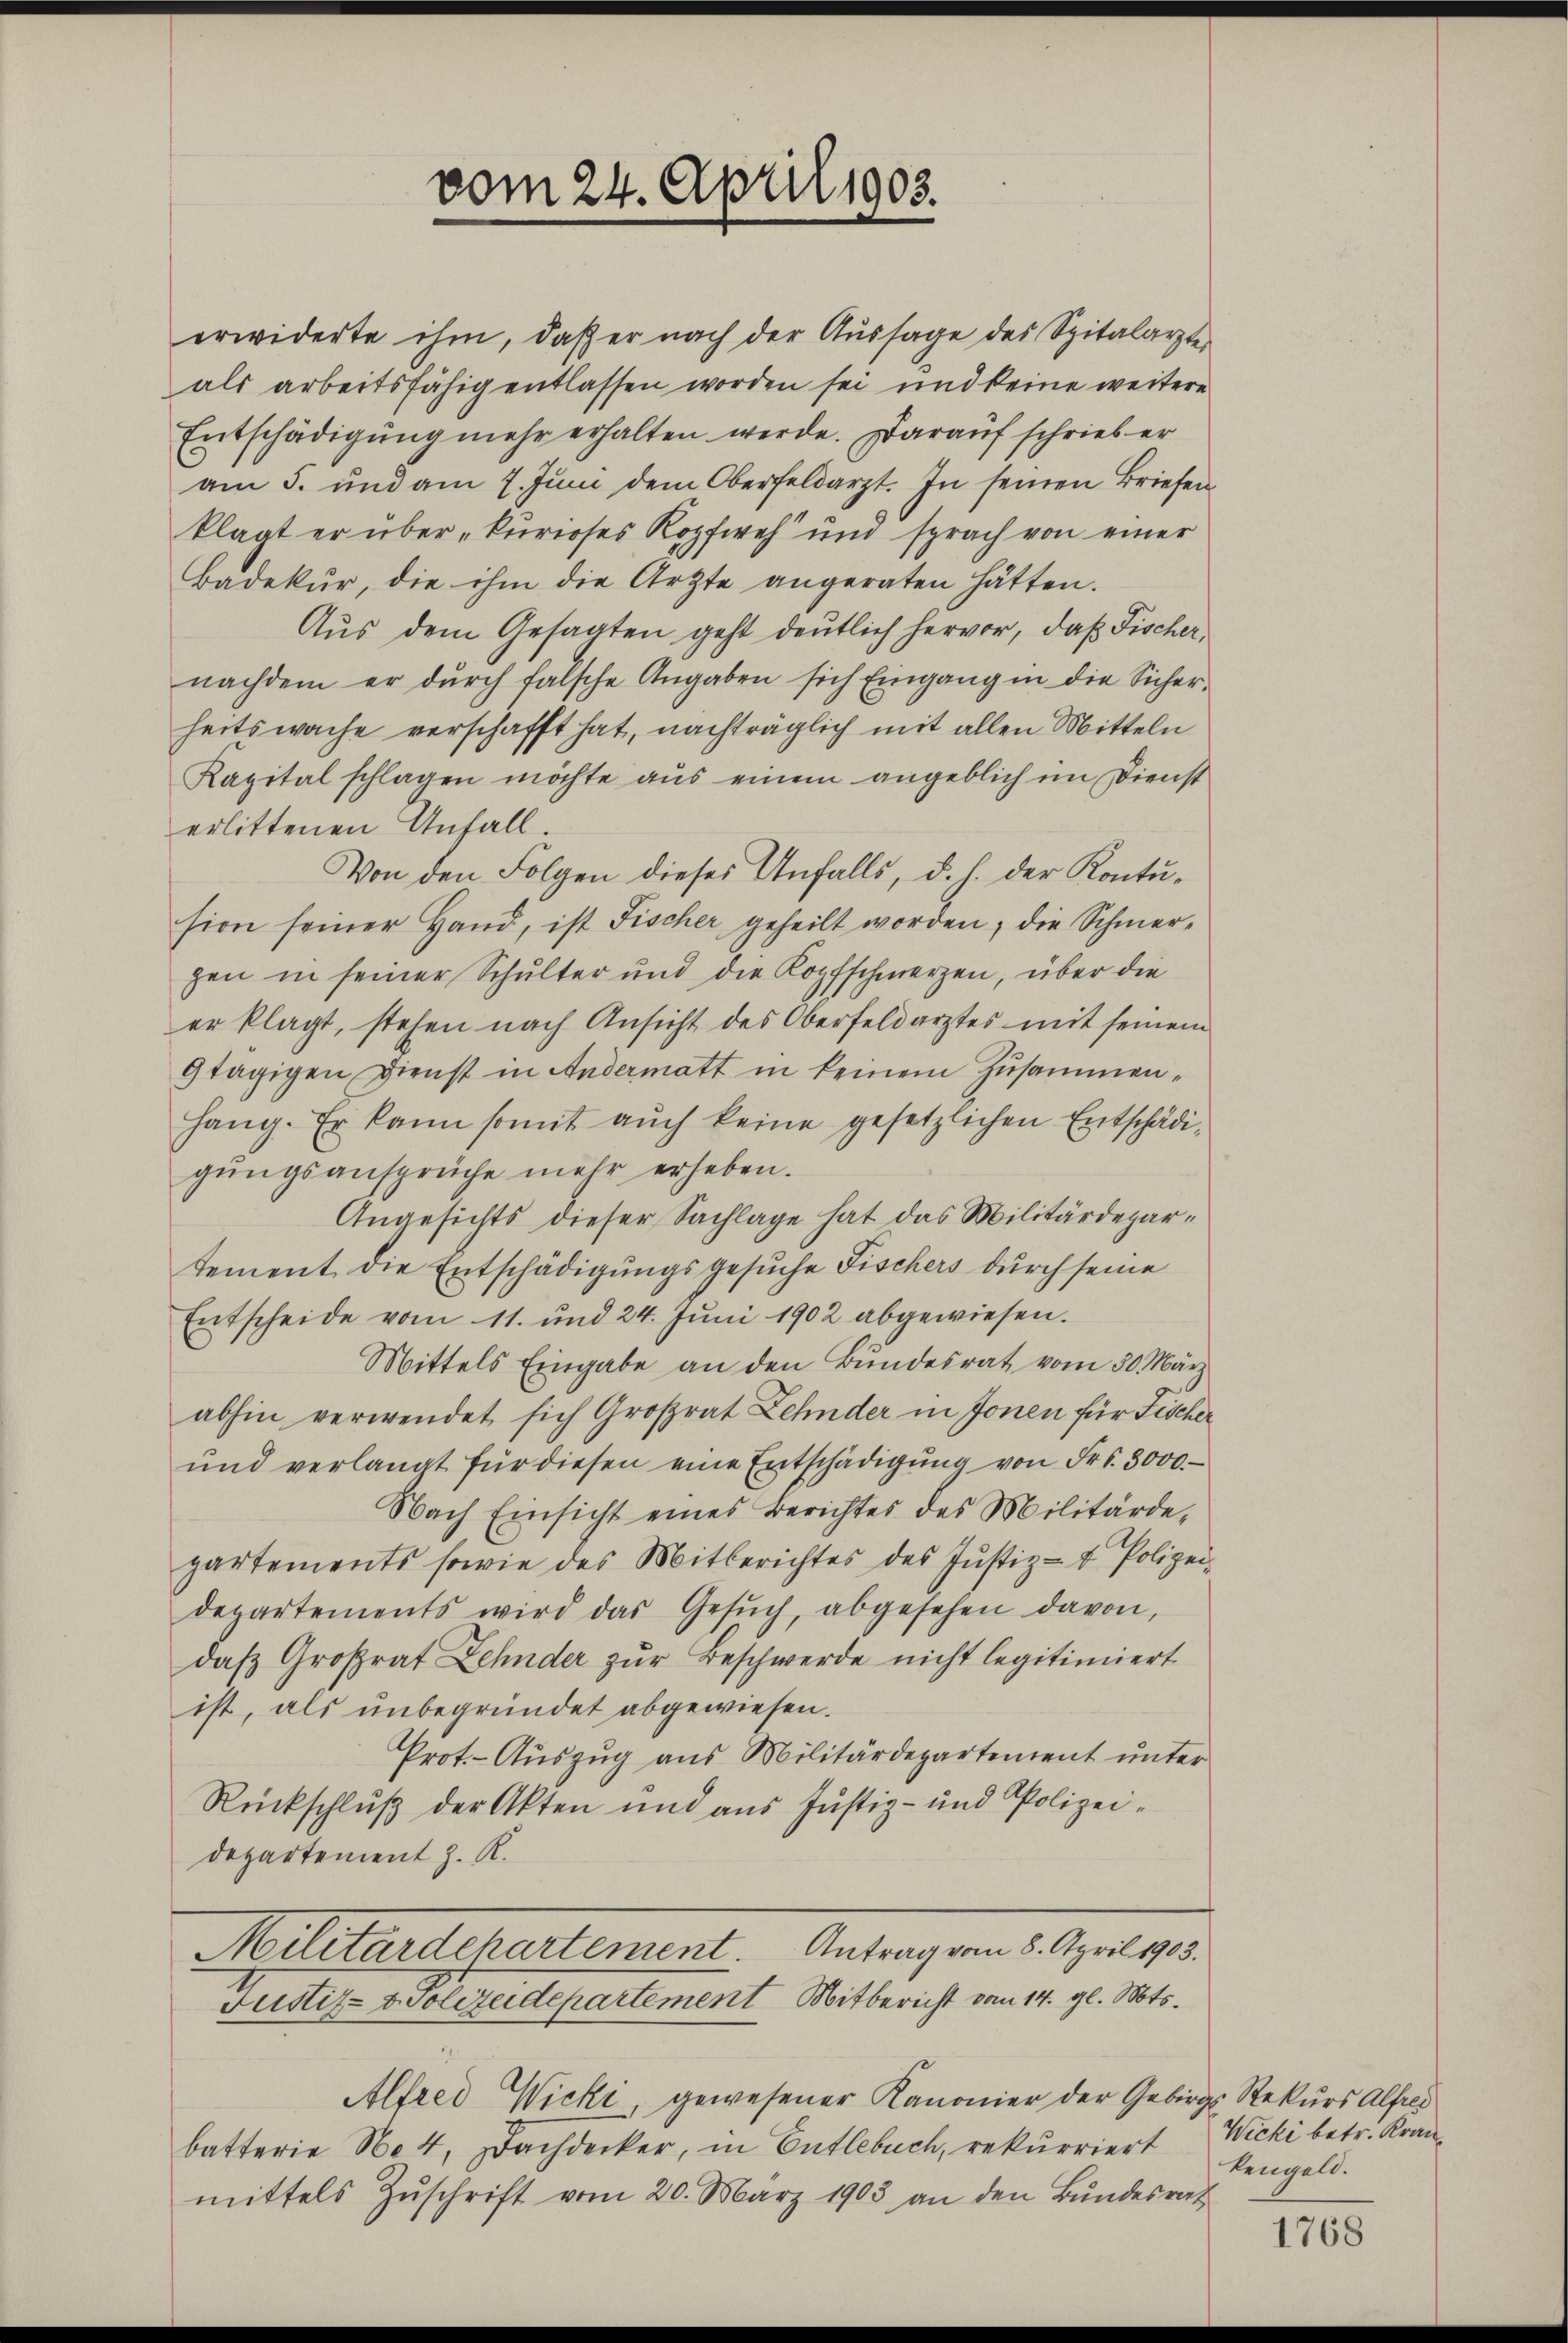
vom 24. April 1903.

erwiderte ihm, daß er nach der Aussage des Spitalarzte
als arbeitsfähig entlassen worden sei und keine weitere
Entschädigung mehr erhalten werde. Darauf schrieb er
am 5. und am 7. Juni dem Oberfeldarzt. In seinen Briefen
klagt er über „kurioses Kopfweh und sprach von einer
Badekŭr, die ihm die Arzte angeraten hätten.
Aŭs dem Gesagten geht deutlich hervor, daß Fischer,
nachdem er dŭrch falsche Angaben sich Eingang in die Sicherheitswache verschafft hat, nachträglich mit allen Mitteln
Kapital schlagen möchte aus einem angeblich im Dienst
erlittenen Anfall.
Von den Folgen dieses Anfalls, d. h. der Kontusion seiner Hand, ist Fischer geheilt worden, die Schmergen in seiner Schulter und die Kopfschmerzen, über die
er klagt, stehen nach Ansicht des Oberfeldarztes mit seinem
9tägigen Dienst in Andermatt in keinem Zusammenhang. Er kann somit auch keine gesetzlichen Entschädigungsansprüche mehr erheben.
Angesichts dieser Sachlage hat das Militärdepar-
tement die Entschädigungsgesuche Fischers durch seine
Entscheide vom 11. und 24. Juni 1902 abgewiesen.
Mittels Eingabe an den Bundesrat vom 30. März
abhin verwendet sich Großrat Zehnder in Jonen für Fischer
ŭnd verlangt für diesen eine Entschädigŭng von Fr. 3000.
Nach Einsicht eines Berichtes des Militärde-
partements sowie des Mitberichtes des Jŭstiz- & Polizei-
departements wird das Gesŭch, abgesehen davon,
daß Großrat Zehnder zur Beschwerde nicht legitimiert
ist, als unbegründet abgewiesen.
Prot. - Auszug aus Militärdepartement unter
Rückschluß der Akten und aus Justiz- und Polizei¬
Departement z. R.
Antrag vom 8. April 1903.
Meterschartement.
Justiz- & Polizeidepartement Mitbericht vom 14. gl. Mts.
Alfred Wicki, gewesener Kanonier der Gebirgs Rekurs Alfres
batterie No 4, Dachdecker, in Entlebuch, rekurriert
mittels Zŭschrift vom 20. März 1903 an den Bundesrath

Wicki betr. Kran
kengeld.

1768